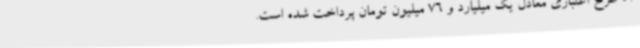
57 طرح اعتباری معادل یک میلیارد و 76 میلیون تومان پرداخت شده است.